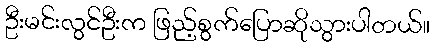
ဦးမင်းလွင်ဦးက ဖြည့်စွက်ပြောဆိုသွားပါတယ်။